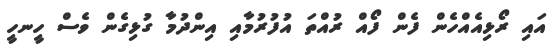
އައި ރޯޅިއެއްހެން ފެން ފޯއް ރުއްތަ އުފުރުމާއި އިންދުމާ ގުޅިގެން ވެސް ހީނހީ